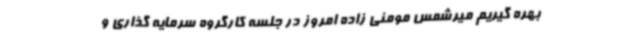
بهره گیریم میرشمس مومنی زاده امروز در جلسه کارگروه سرمایه گذاری و